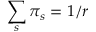
\sum _ { s } \pi _ { s } = 1 / r